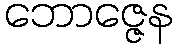
ဘောဇ္ဇေန